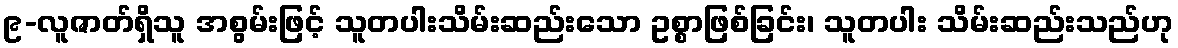
၉-လူဇာတ်ရှိသူ အစွမ်းဖြင့် သူတပါးသိမ်းဆည်းသော ဥစ္စာဖြစ်ခြင်း၊ သူတပါး သိမ်းဆည်းသည်ဟု